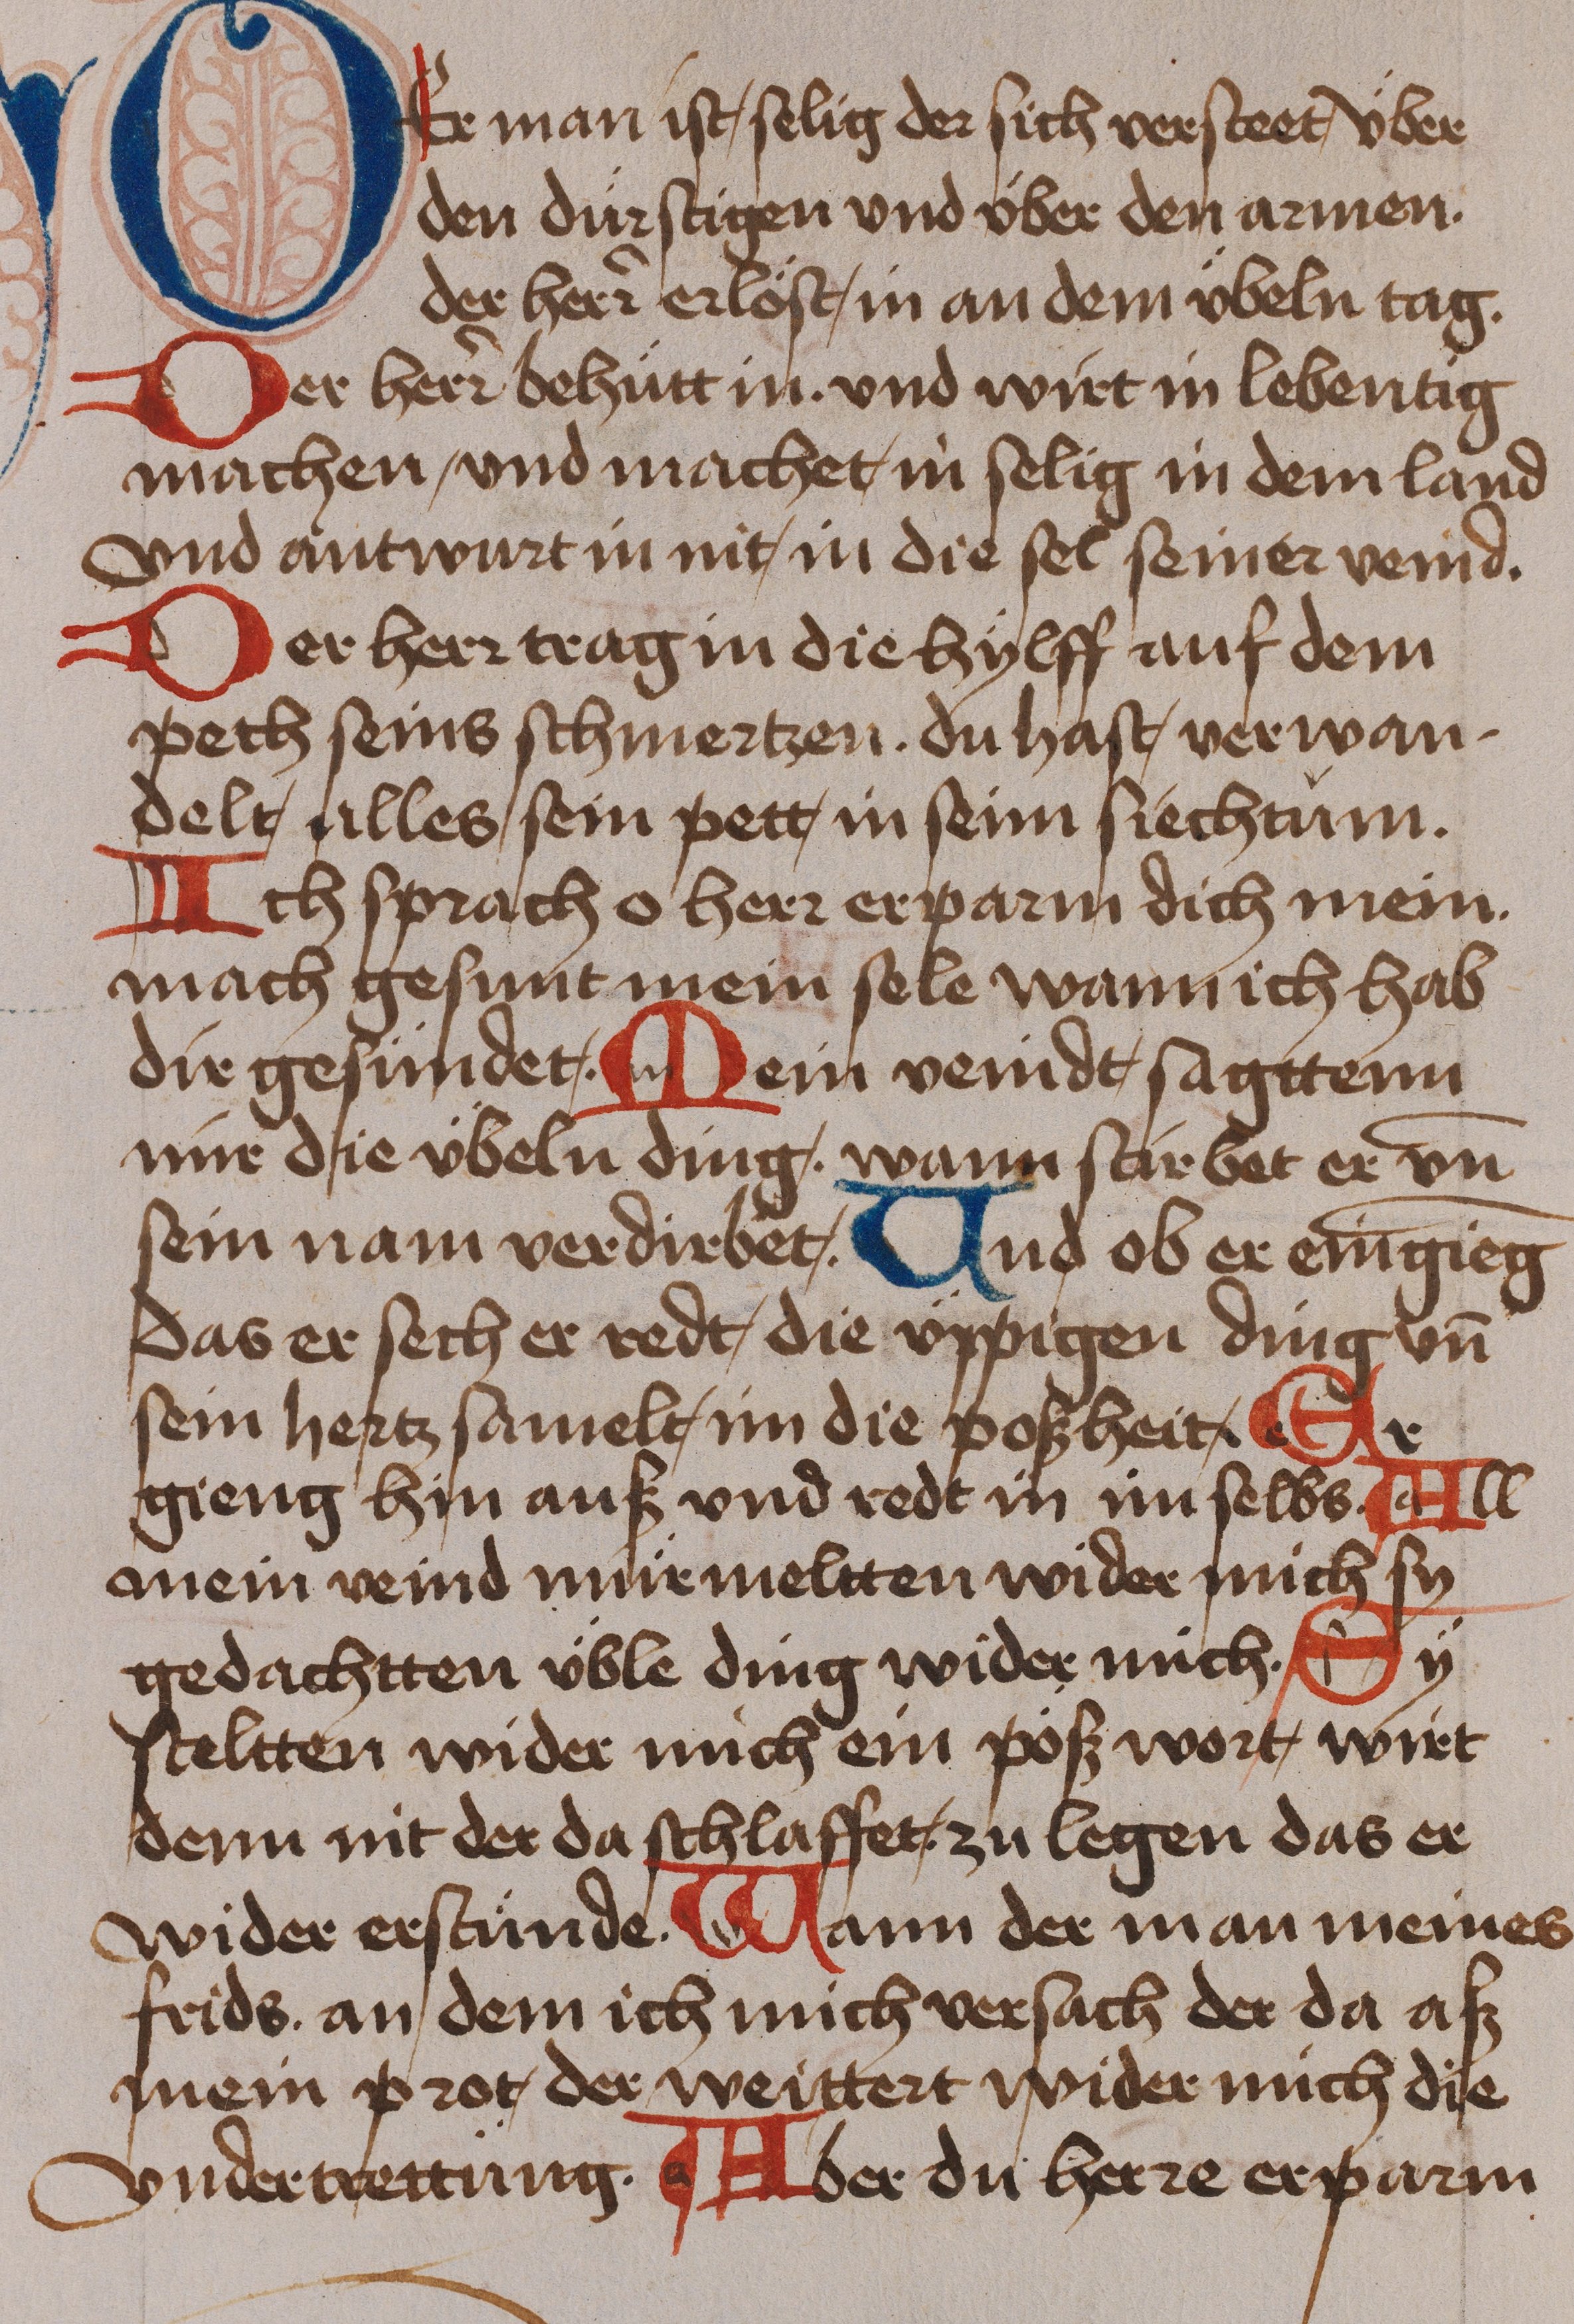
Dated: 1485–1485